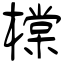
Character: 橖